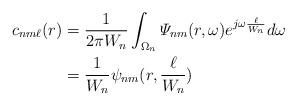
LaTeX: \begin{align*}c_{nm\ell}(r)&= \frac{1}{2\pi W_n} \int_{\Omega_n}\varPsi_{nm}(r, \omega) e^{j\omega \frac {\ell}{W_n}}d\omega \\&= \frac {1}{W_n} \psi_{nm}(r,\frac{\ell}{W_n})\end{align*}